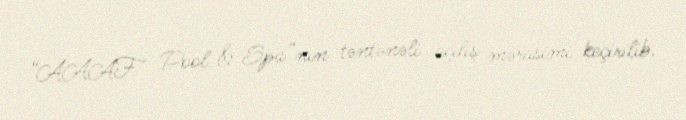
“AAAF Pool & Spa”nın təntənəli açılış mərasimi keçirilib.